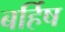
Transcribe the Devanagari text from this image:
बर्हिष